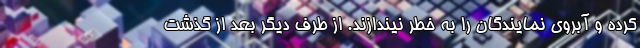
کرده و آبروی نمایندگان را به خطر نیندازند. از طرف دیگر بعد از گذشت